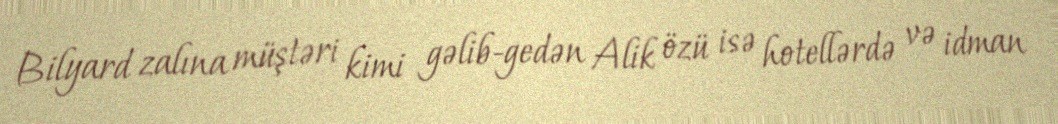
Bilyard zalına müştəri kimi gəlib-gedən Alik özü isə hotellərdə və idman